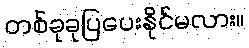
တစ်ခုခုပြပေးနိုင်မလား။